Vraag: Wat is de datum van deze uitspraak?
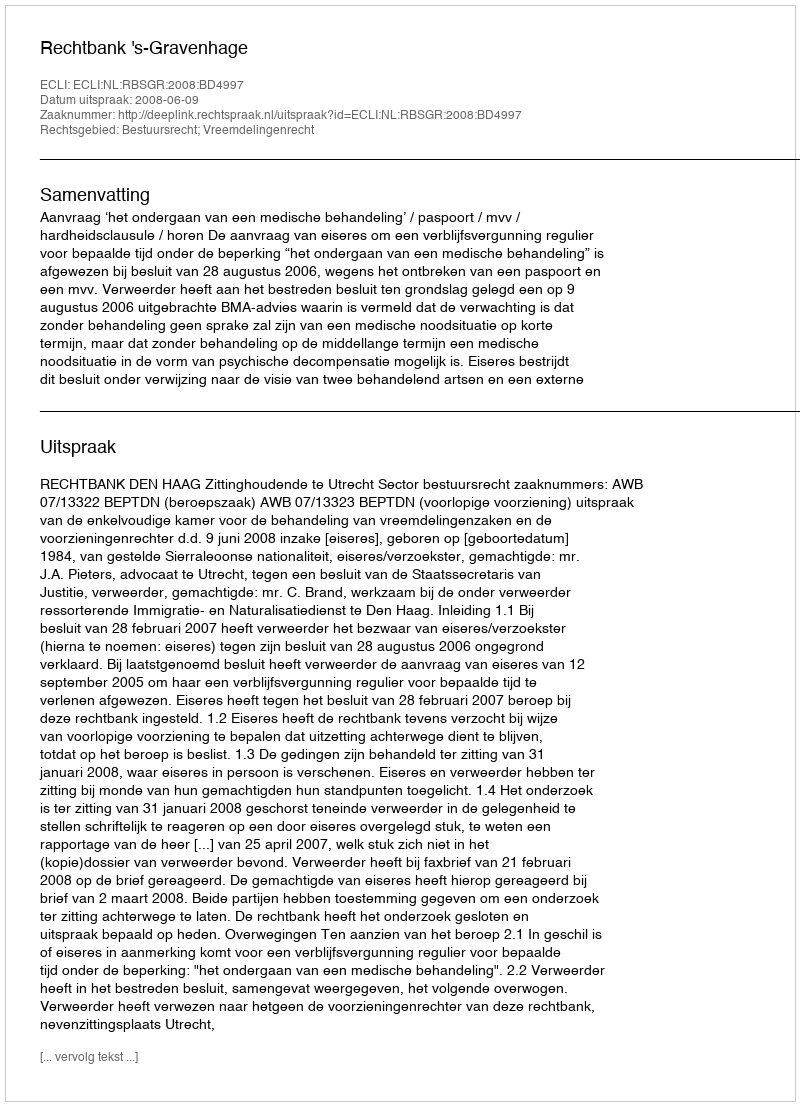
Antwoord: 2008-06-09